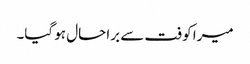
میرا کوفت سے برا حال ہو گیا۔